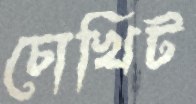
চোখিট